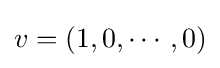
v=(1,0,\cdots ,0)